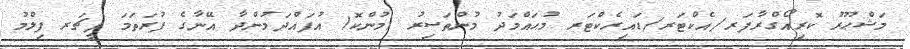
މަޝްޙޫރު ކޮރިއޯގްރާފަރ/އެކްޓަރ/ޑައިރެކްޓަރ މުޙައްމަދު މުންތަސިރު (މުންކޮ) އުފައްދަމުންދާ އޭނާގެ ފުރަތަމަ ފީޗަރ ފިލްމު